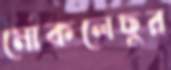
মোকলেছুর